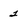
Character: 2